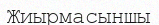
Жиырмасыншы